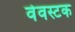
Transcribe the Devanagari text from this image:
वेवस्टक